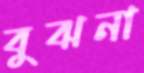
বুঝনা